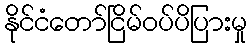
နိုင်ငံတော်ငြိမ်ဝပ်ပိပြားမှု